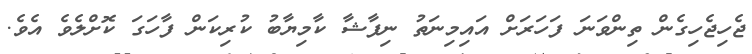
ޖެހިޖެހިގެން ތިންވަނަ ފަހަރަށް އައިމިނަތު ނިފާޝާ ކާމިޔާބު ކުރިކަން ފާހަގަ ކޮށްލެވެ އެވެ.